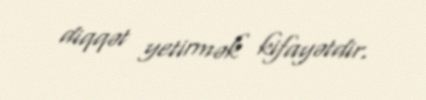
diqqət yetirmək kifayətdir.